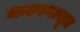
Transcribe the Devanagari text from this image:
कल्पनासूत्र